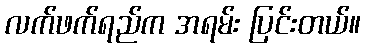
လက်ဖက်ရည်က အရမ်း ပြင်းတယ်။